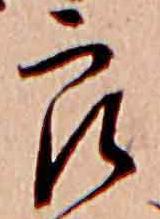
郎